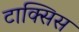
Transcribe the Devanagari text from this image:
टाक्सिस